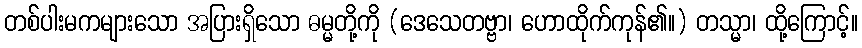
တစ်ပါးမကများသော အပြားရှိသော ဓမ္မတို့ကို (ဒေသေတဗ္ဗာ၊ ဟောထိုက်ကုန်၏။) တသ္မာ၊ ထို့ကြောင့်။